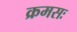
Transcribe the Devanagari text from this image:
क्रमसः